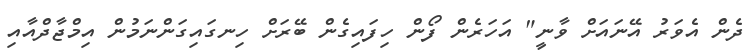
ދެން އެވަރު އޭނައަށް ވާނީ" އަހަރެން ފޯން ހިފައިގެން ބޭރަށް ހިނގައިގަންނަމުން އިމްޖާދްއާއި